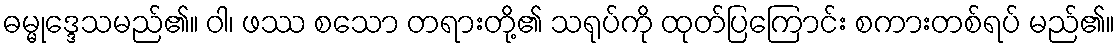
ဓမ္မုဒ္ဒေသမည်၏။ ဝါ၊ ဖဿ စသော တရားတို့၏ သရုပ်ကို ထုတ်ပြကြောင်း စကားတစ်ရပ် မည်၏။